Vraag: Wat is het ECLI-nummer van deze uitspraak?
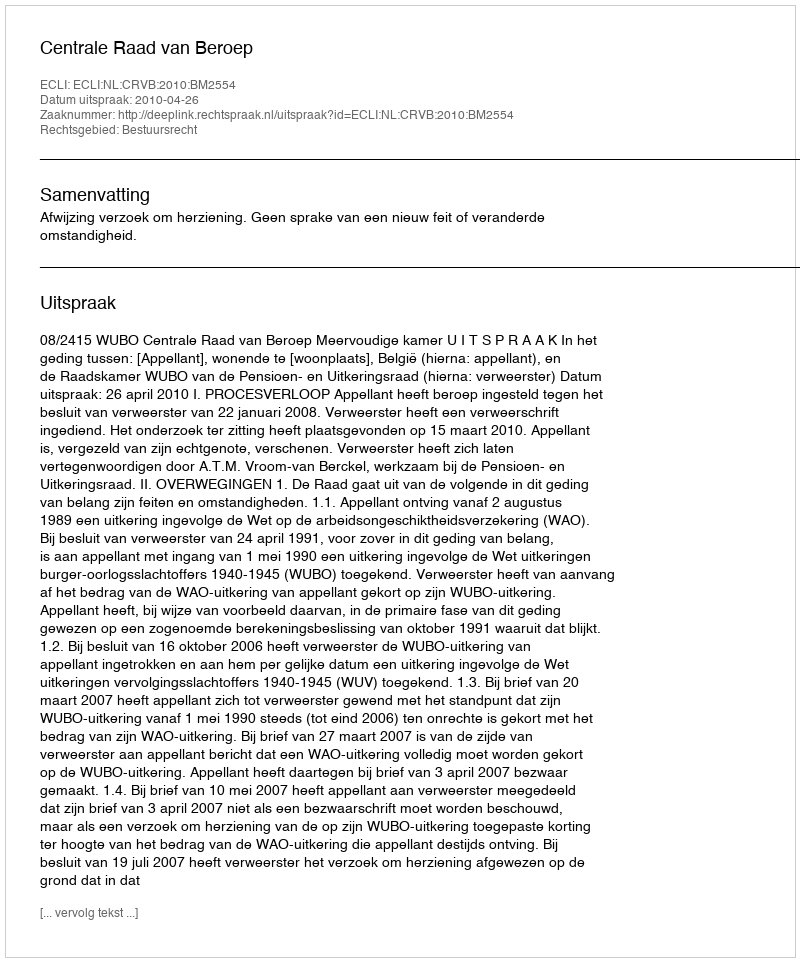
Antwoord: ECLI:NL:CRVB:2010:BM2554